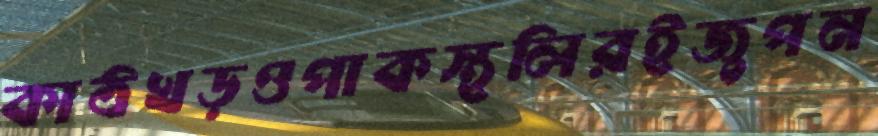
কাঠখড়ওপাকস্থলিরইজুপন